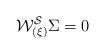
LaTeX: \begin{align*}{\cal W^{S}_{(\xi)}} \Sigma = 0\end{align*}